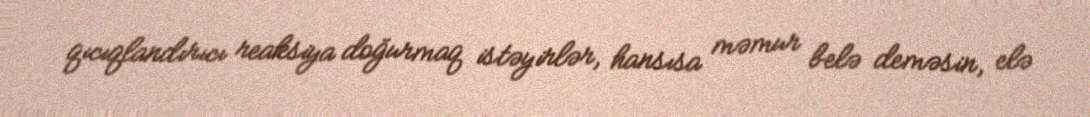
qıcıqlandırıcı reaksiya doğurmaq istəyirlər, hansısa məmur belə deməsin, elə